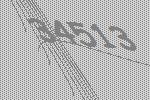
34513